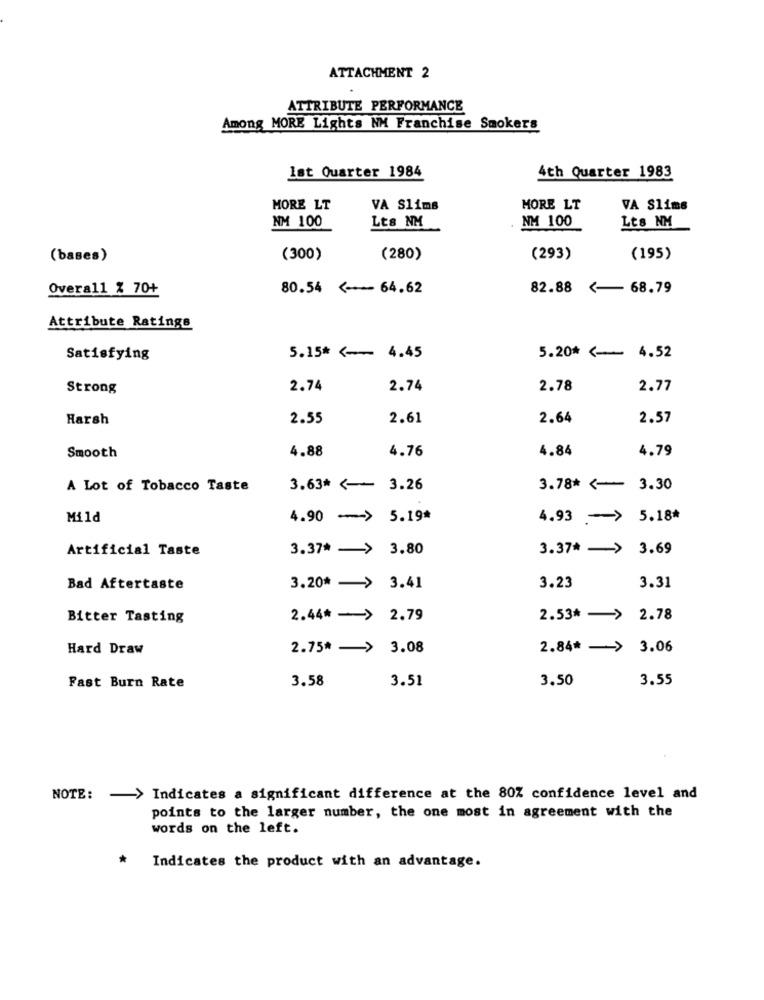
ATTACHMENT 2
ATTRIBUTE PERFORMANCE
Among MORE Lights NM Franchise Smokers
Ist Quarter 1984
4th Quarter 1983
MORE LT
VA Slims
MORE LT
VA Slims
NM 100
Lts NM
NM 100
Lts NM
(bases)
(300)
(280)
(293)
(195)
Overall % 70+
80.54 <- 64.62
82.88 <- 68.79
Attribute Ratings
Satisfying
5.15* <-- 4.45
5.20* <- 4.52
Strong
2.74
2.74
2.78
2.77
Harsh
2.55
2.61
2.64
2.57
Smooth
4.88
4.76
4.84
4.79
A Lot of Tobacco Taste
3.63* <- 3.26
3.78* <- 3.30
Mild
4.90 -> 5.19*
4.93 -> 5.18*
Artificial Taste
3.37* - > 3.80
3.37* - > 3.69
Bad Aftertaste
3.20* - > 3.41
3.23
3.31
Bitter Tasting
2.44* - > 2.79
2.53* - > 2.78
Hard Draw
2.75* - > 3.08
2.84* - > 3.06
3.58
3.51
3.50
3.55
Fast Burn Rate
NOTE: - > Indicates a significant difference at the 80% confidence level and
points to the larger number, the one most in agreement with the
words on the left.
Indicates the product with an advantage.